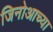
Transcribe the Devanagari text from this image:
जिनोआच्या